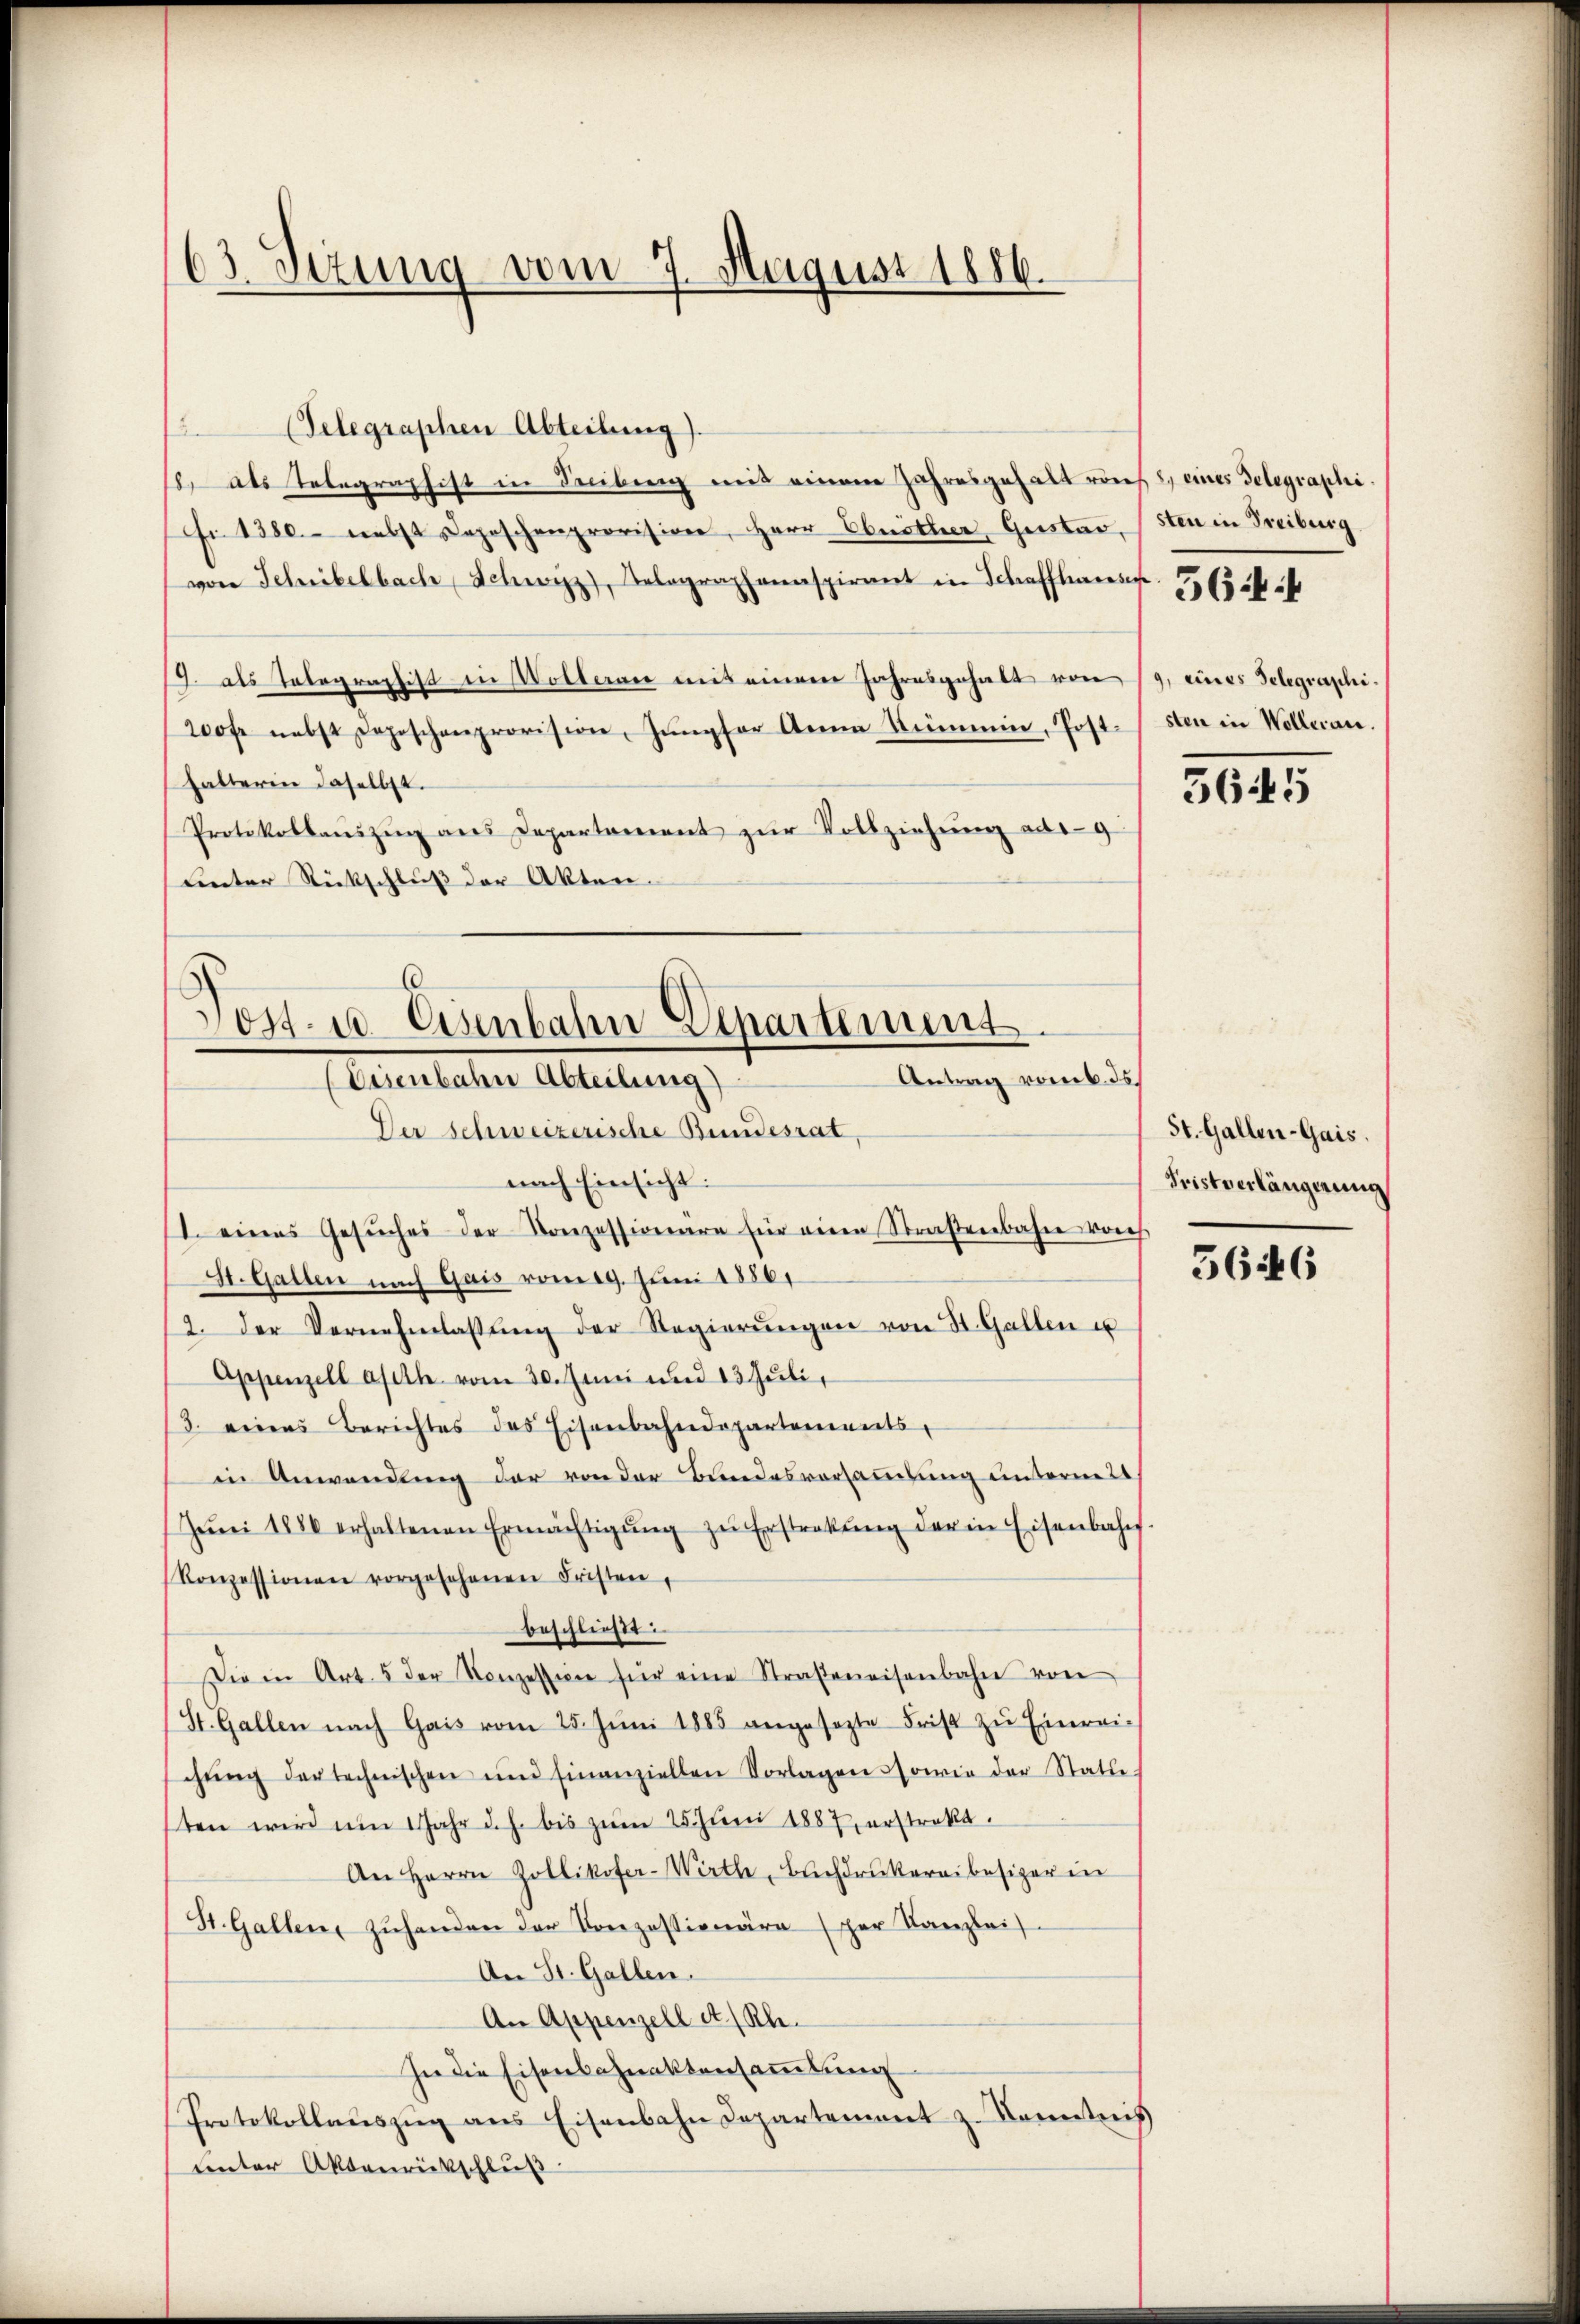
63. Sezung vom 7. August 1886.

2
(Telegraphen Abteilung).
/. als Telegraphist in Freibung mit einem Jahresgehalt von 8, eines Telegraphifr. 1380. nebst Deposchenprovision, Herr Obröther Gustav, sten in Freiburg
von Schübelbach Schwyzz), Belographenaspirant in Schaffhausp. 765 f
9. als Telegraphist in Wolteran mit einem Jahresgehalt von 19, eines Telegraphi¬
200 fr nebst Deposchenprovision, Jungfer Anna Kümmin, Post-sten in Wolleran.
halterin daselbst.
Protokollaŭszŭg ans Departement zŭr Vollziehŭng ausg
Lnter Rückschluß der Akten.

6
Post- u. Eisenbahn Departement.
Antrag vom 6. ds.
Leutelalten Abteilung

Der Schweizerische Bundesrat
nach Einsicht:
I. eines Gesŭches der Konzessionare für einen Straßenbahre vorh
St. Gallen nach Gais vom 19. Juni 18861
2. der Vernehmlassŭng der Regierŭngen von St. Gallen u
Appenzell auth vom 30. Juni und 13 Juli,
/3. eines Berichtes des Eisenbahndepartements
in Anwendung der von der Bundesversammlung untermit¬
Jŭni 1886 erhaltenen Ermächtigŭng zŭ Erstrakŭng der in Eisenbahns.
Konzessionen vorgesehenen Fristen,
beschließt:
ie in Art. 5 der Konzession für eine Straßenaisenbahn von
St. Gallen nach Gais vom 25. Jŭni 1885 angesezte Frist zŭ Einreischŭng der technischen und finanziellen Vorlagen sowie der Statte.
ten wird um 1 Jahr d. h. bis zŭm 25. Jŭni 1887 erstrakt.
An Herrn Zollikofer-Wirth, Buchdrukereibesizer in
St. Gallen zŭhanden der Konzessionäre (der Kanzlei
An St. Gallen.
An Appenzell A/Rh.
In die Eisenbahnaktensammlung
Protokollaŭszŭg ans Eisenbahn Departement z. Konntnis
unter Aktenrückschluß

5645

St. Gallen-Gais.
Fristverlängerung

3646